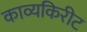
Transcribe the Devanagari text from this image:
काव्यकिरीट